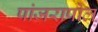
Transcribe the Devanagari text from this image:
पांजरापोल